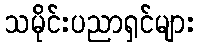
သမိုင်းပညာရှင်များ